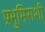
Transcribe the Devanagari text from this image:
प्रभुमिराशी